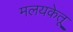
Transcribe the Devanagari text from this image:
मलयकेतू